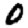
Digit: 0